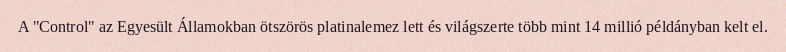
A "Control" az Egyesült Államokban ötszörös platinalemez lett és világszerte több mint 14 millió példányban kelt el.